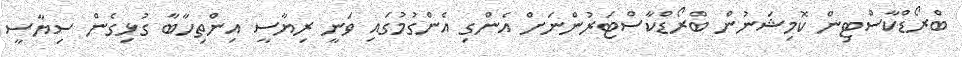
ބްރޯޑްކާސްޓިން ކޮމިޝަނުން ބްރޯޑްކާސްޓަރުންނަށް އެންގި އެންގުމުގައި ވަނީ ރިޔާސީ އިންތިހާބާ ގުޅިގެން ސިޔާސީ